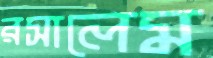
রসালেম